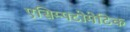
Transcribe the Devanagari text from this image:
एसिम्पटोमेटिक